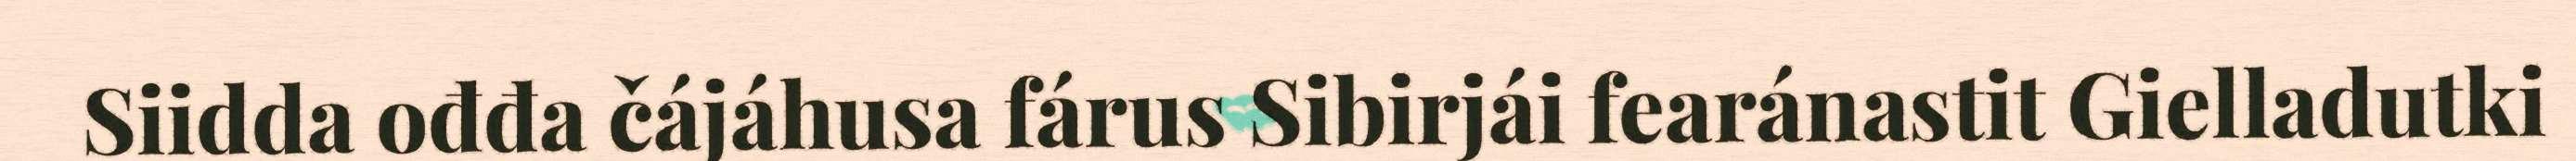
Siidda ođđa čájáhusa fárus Sibirjái fearánastit Gielladutki